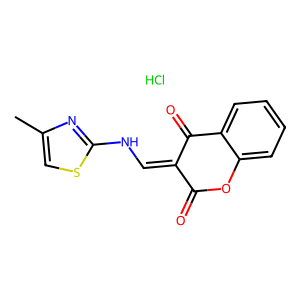
SMILES: Cc1csc(NC=C2C(=O)Oc3ccccc3C2=O)n1.Cl
Inhibits HIV replication: No